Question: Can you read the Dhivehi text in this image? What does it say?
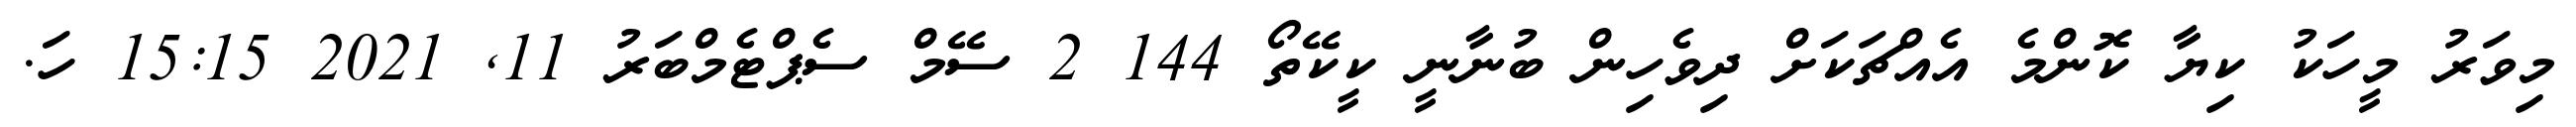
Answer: މިވަރު މީހަކު ކިޔާ ކޮންމެ އެއްޗަކަށް ދިވެހިން ބުނާނީ ކީކޭތޯ 144 2 ސޭމް ސެޕްޓެމްބަރު 11, 2021 15:15 ހަ.